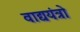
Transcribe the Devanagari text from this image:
वाद्ययंत्रो